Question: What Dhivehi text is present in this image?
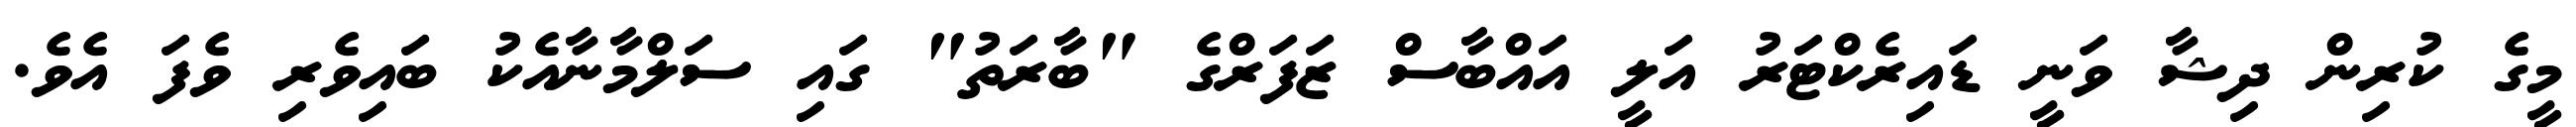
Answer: މީގެ ކުރިން ދިޝާ ވަނީ ޑައިރެކްޓަރު އަލީ އައްބާސް ޒަފަރްގެ "ބާރަތު" ގައި ސަލްމާނާއެކު ބައިވެރި ވެފަ އެވެ.